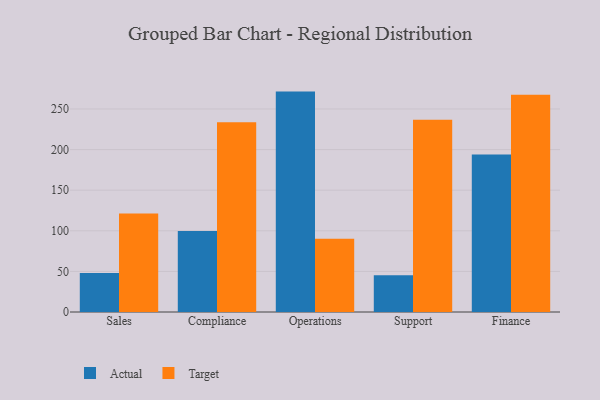
{"axis": {"x": "Department", "y": "Headcount"}, "legend": ["Actual", "Target"], "data": [{"x": "Sales", "y": 47.9, "type": "Actual"}, {"x": "Sales", "y": 121.2, "type": "Target"}, {"x": "Compliance", "y": 99.7, "type": "Actual"}, {"x": "Compliance", "y": 233.6, "type": "Target"}, {"x": "Operations", "y": 271.4, "type": "Actual"}, {"x": "Operations", "y": 90.2, "type": "Target"}, {"x": "Support", "y": 45.4, "type": "Actual"}, {"x": "Support", "y": 236.8, "type": "Target"}, {"x": "Finance", "y": 193.8, "type": "Actual"}, {"x": "Finance", "y": 267.6, "type": "Target"}]}